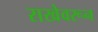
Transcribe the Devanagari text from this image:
राखेवरून